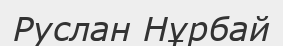
Руслан Нұрбай